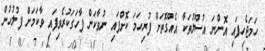
ހަމަޖެހިފައި އޮންނަ އުސޫލުތަކާ އެއްގޮތަށް ފުރިހަމަ ކޮށްފައި ނުވާކަން ފާހަގަކުރެވިފައި ވާކަމަށް ފުލުހުން